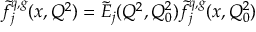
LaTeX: \tilde { f } _ { j } ^ { q , g } ( x , Q ^ { 2 } ) = \tilde { E } _ { j } ( Q ^ { 2 } , Q _ { 0 } ^ { 2 } ) \tilde { f } _ { j } ^ { q , g } ( x , Q _ { 0 } ^ { 2 } )